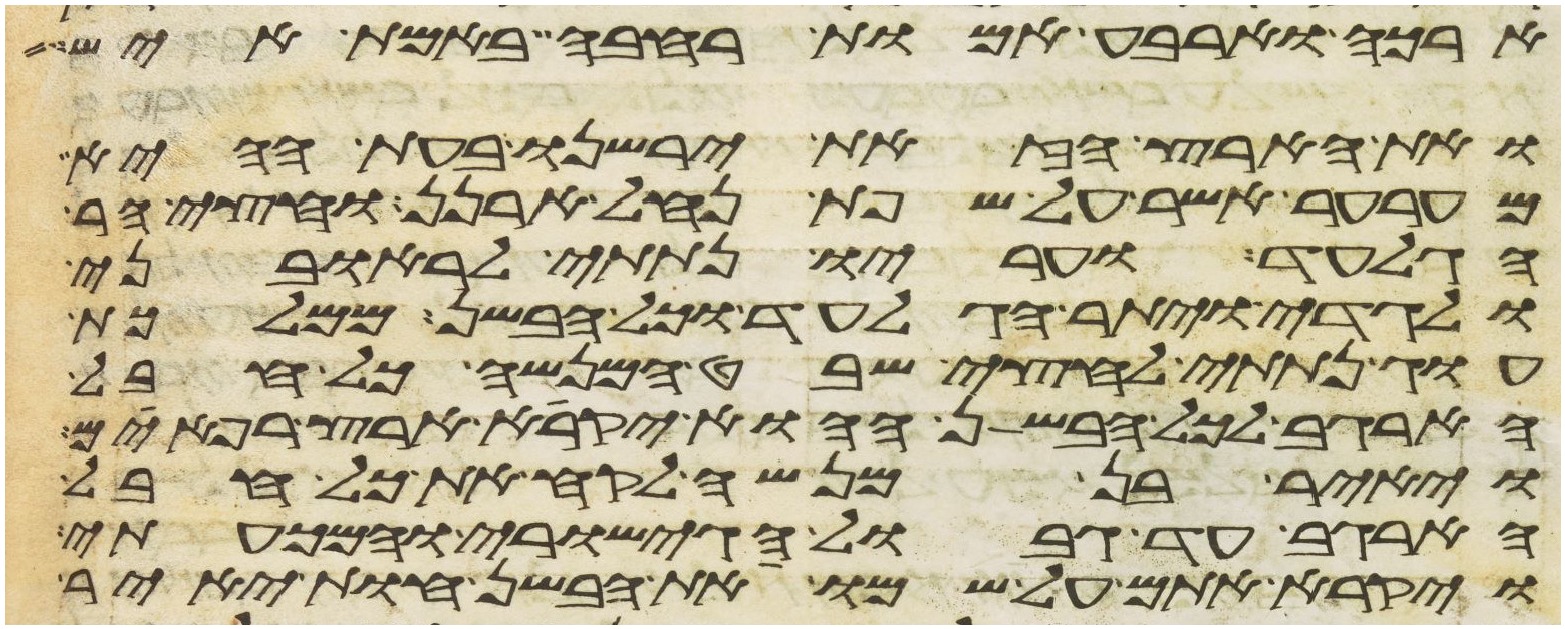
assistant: ארכה וארבע אמות רחבה באמת איש
ואת הארץ הזאת ירשנו בעת ההיא
מערער אשר על שפת נחל ארנן וחצי הר
הגלעד ועריו נתתי לראובני
ולגדי ויתר הגלעד וכל הבשן ממלכת
עוג נתתי לחצי שבט המנשה כל חבל
הארגב לכל הבשן ההוא יקרא ארץ רפאים
ויאיר בן מנשה לקח את כל חבל
הארגב עד גבול הגישורי והמכעתי
ויקרא אתם על שמו את הבשן חות יאיר